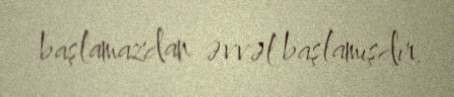
başlamazdan əvvəl başlamışdır.